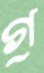
গ্